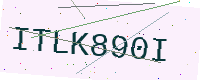
Text: ITLK890I